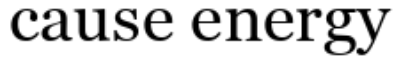
cause energy